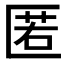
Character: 匿